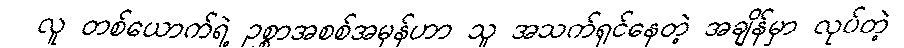
လူ တစ်ယောက်ရဲ့ ဥစ္စာအစစ်အမှန်ဟာ သူ အသက်ရှင်နေတဲ့ အချိန်မှာ လုပ်တဲ့